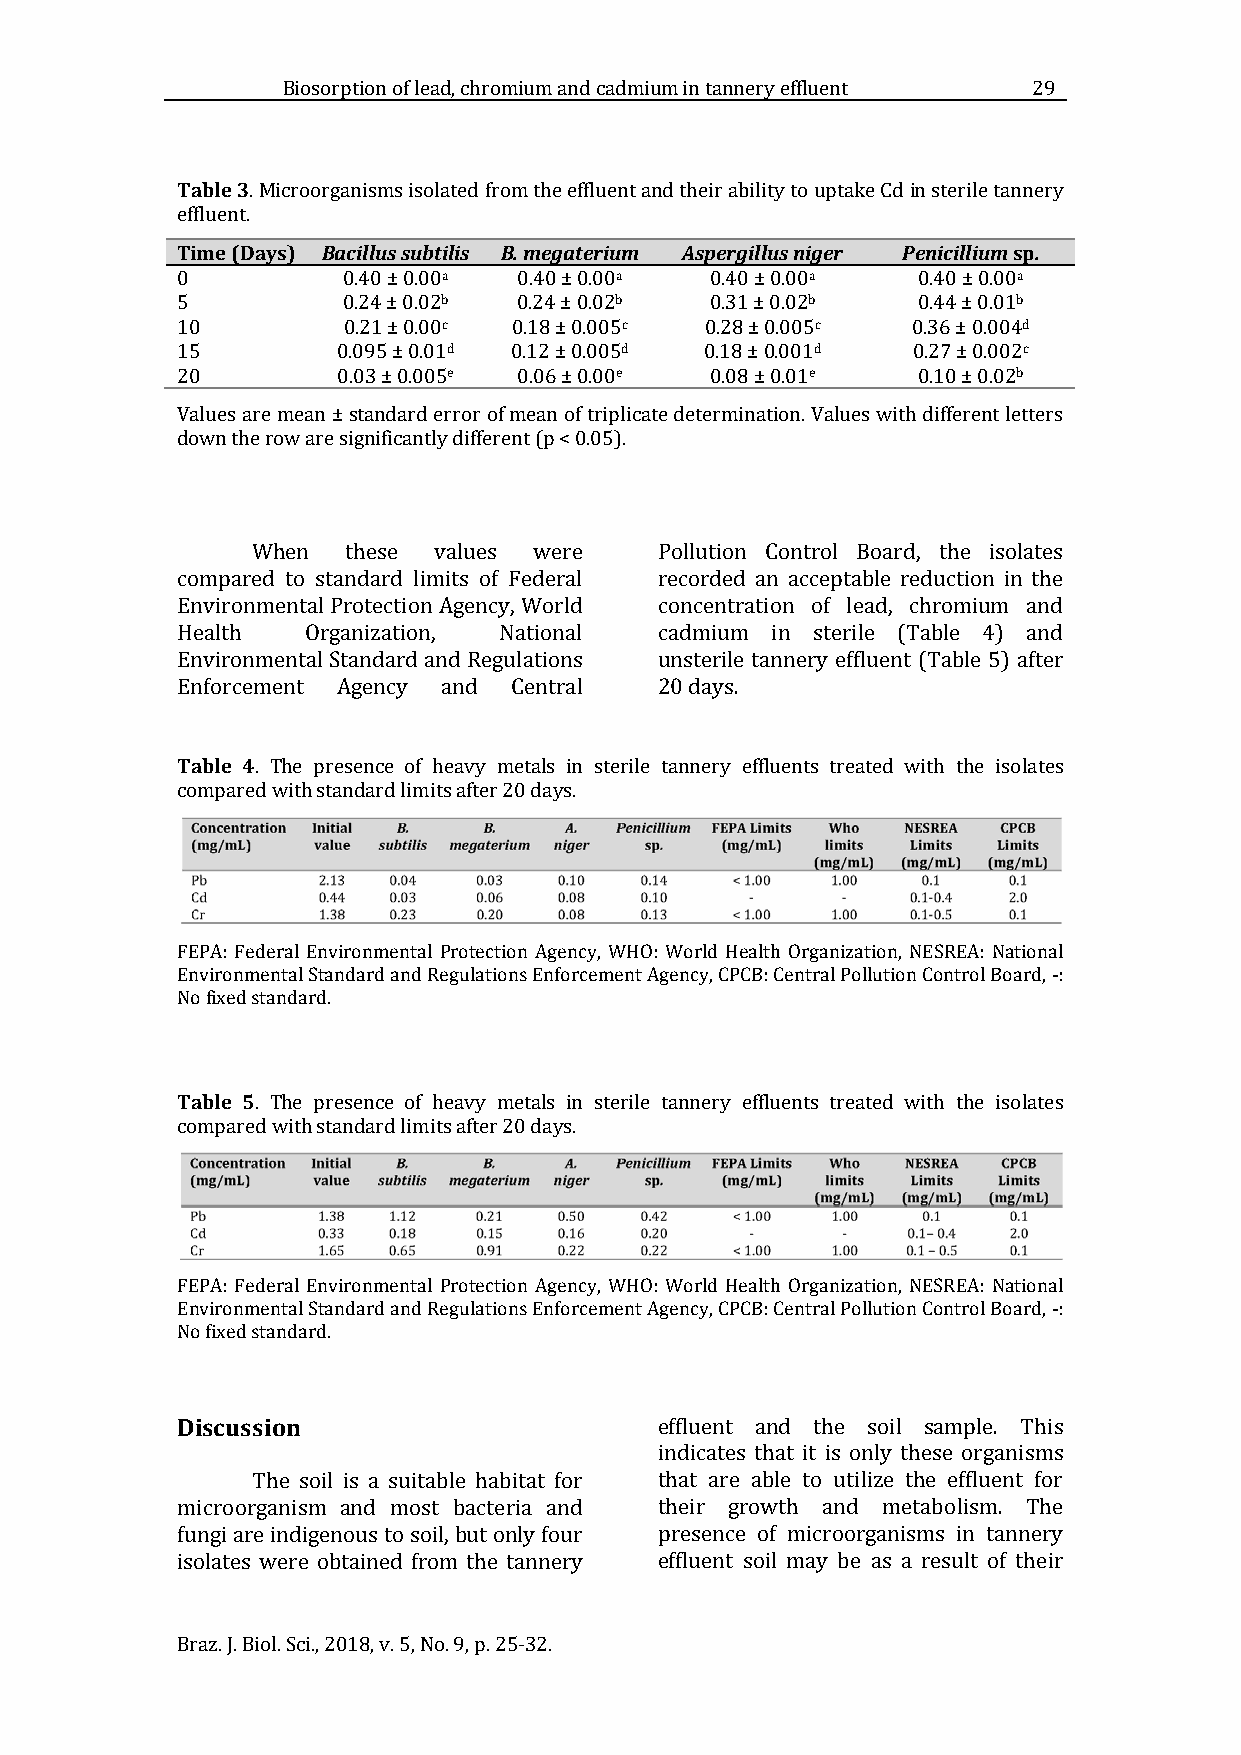
Biosorption of lead, chromium and cadmium in tannery effluent 29
 Table 3
 . Microorganisms isolated from the effluent and their ability to uptake Cd in sterile tannery
 Time (Days) Bacillus subtilis B. megaterium Aspergillus niger Penicillium sp.
 effluent.
 a           a            a            a
 0          0.40 ± 0.00 0.40 ± 0.00 0.40 ± 0.00   0.40 ± 0.00
 b           b           b             b
 5          0.24 ± 0.02 0.24 ± 0.02 0.31 ± 0.02   0.44 ± 0.01
 c           c            c             d
 10         0.21 ± 0.00 0.18 ± 0.005 0.28 ± 0.005 0.36 ± 0.004
 d          d            d             c
 15        0.095 ± 0.01 0.12 ± 0.005 0.18 ± 0.001 0.27 ± 0.002
 e          e            e            b
 20        0.03 ± 0.005 0.06 ± 0.00 0.08 ± 0.01   0.10 ± 0.02
 V alues are mean ± standard error of mean of triplicate determination. Values with different letters
 down the row are significantly different (p < 0.05).
 When  these values were    Pollution Control Board, the isolates
 compared to standard limits of Federal recorded an acceptable reduction in the
 Environmental Protection Agency, World concentration of lead, chromium and
 Health  Organization, National  cadmium in sterile (Table 4) and
 Environmental Standard and Regulations unsterile tannery effluent (Table 5) after
 Enforcement Agency and Central  20 days.
 Table 4
 . The presence of heavy metals in sterile tannery effluents treated with the isolates
 compared with standard limits after 20 days.
 FEPA: Federal Environmental Protection Agency, WHO: World Health Organization, NESREA: National
 Environmental Standard and Regulations Enforcement Agency, CPCB: Central Pollution Control Board, -:
 No fixed standard.
 Table 5
 . The presence of heavy metals in sterile tannery effluents treated with the isolates
 compared with standard limits after 20 days.
 FEPA: Federal Environmental Protection Agency, WHO: World Health Organization, NESREA: National
 Environmental Standard and Regulations Enforcement Agency, CPCB: Central Pollution Control Board, -:
 No fixed standard.
 Discussion
 effluent and the soil sample. This
 indicates that it is only these organisms
 The soil is a suitable habitat for that are able to utilize the effluent for
 microorganism and most bacteria and their growth and metabolism. The
 fungi are indigenous to soil, but only four presence of microorganisms in tannery
 isolates were obtained from the tannery effluent soil may be as a result of their
 Braz. J. Biol. Sci., 2018, v. 5, No. 9, p. 25-32.